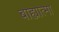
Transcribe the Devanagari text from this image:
बाह्यात्मा